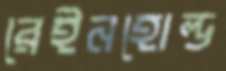
রেইনহোল্ড